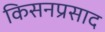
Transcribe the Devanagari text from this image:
किसनप्रसाद